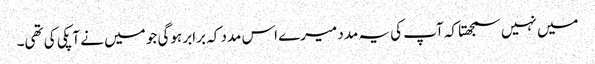
میں نہیں سمجھتا کہ آپ کی یہ مدد میرے اس مدد کہ برابر ہوگی جو میں نے آپکی کی تھی۔